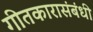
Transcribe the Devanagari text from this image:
गीतकारासंबंधी